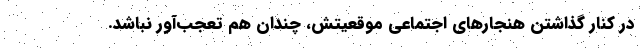
در کنار گذاشتن هنجارهای اجتماعی موقعیتش، چندان هم تعجب‌آور نباشد.